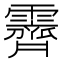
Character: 霽